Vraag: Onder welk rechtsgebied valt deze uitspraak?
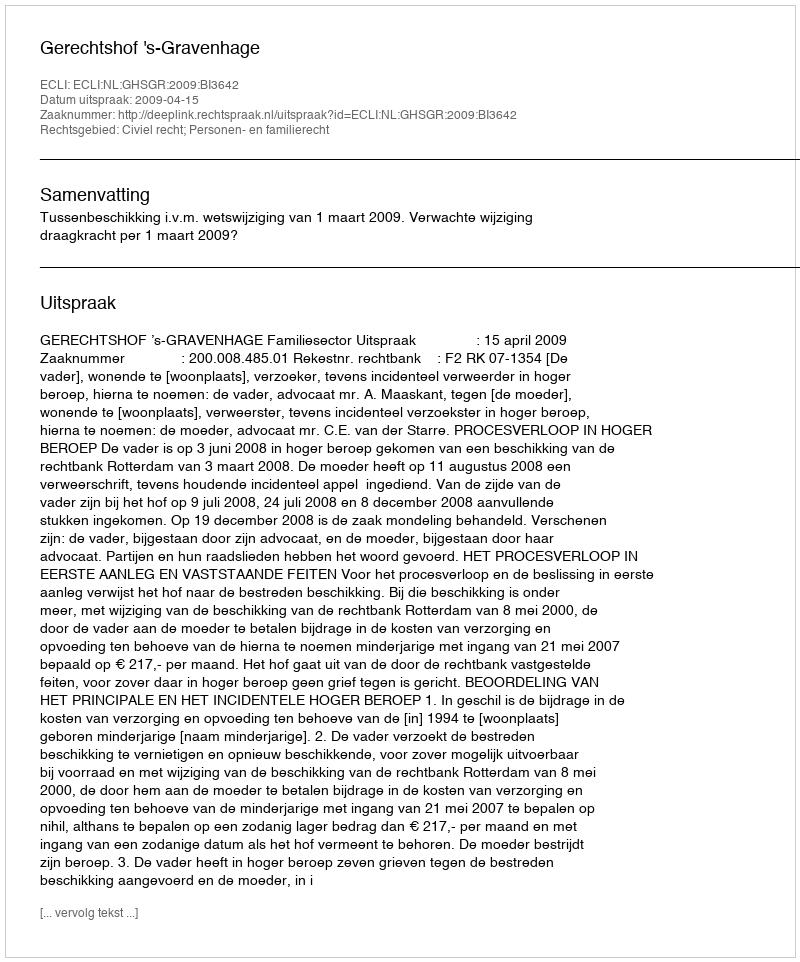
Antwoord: Civiel recht; Personen- en familierecht